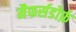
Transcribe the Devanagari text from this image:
मैफर्सडोर्फ़